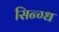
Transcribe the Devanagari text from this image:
सिन्ग्ध